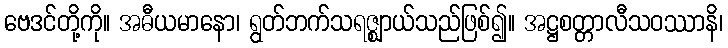
ဗေဒင်တို့ကို။ အဓီယမာနော၊ ရွတ်ဘက်သရဇ္ဈာယ်သည်ဖြစ်၍။ အဋ္ဌစတ္တာလီသဝဿာနိ၊